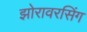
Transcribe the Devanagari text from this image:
झोरावरसिंग